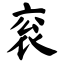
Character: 衮